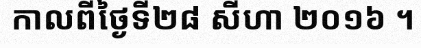
កាលពីថ្ងៃទី២៨ សីហា ២០១៦ ។